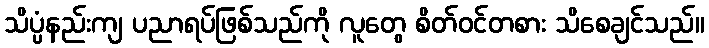
သိပ္ပံနည်းကျ ပညာရပ်ဖြစ်သည်ကို လူတွေ စိတ်ဝင်တစား သိစေချင်သည်။